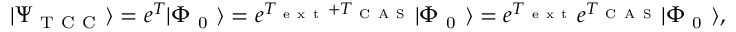
| \Psi _ { \mathrm { ~ T ~ C ~ C ~ } } \rangle = e ^ { T } | \Phi _ { \mathrm { ~ 0 ~ } } \rangle = e ^ { T _ { \mathrm { ~ e ~ x ~ t ~ } } + T _ { \mathrm { ~ C ~ A ~ S ~ } } } | \Phi _ { \mathrm { ~ 0 ~ } } \rangle = e ^ { T _ { \mathrm { ~ e ~ x ~ t ~ } } } e ^ { T _ { \mathrm { ~ C ~ A ~ S ~ } } } | \Phi _ { \mathrm { ~ 0 ~ } } \rangle ,